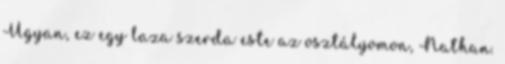
Ugyan, ez egy laza szerda este az osztályomon, Nathan.